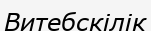
Витебскілік